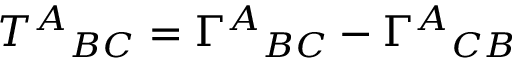
T ^ { A } { } _ { B C } = \Gamma ^ { A } { } _ { B C } - \Gamma ^ { A } { } _ { C B }